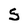
Character: S